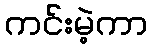
ကင်းမဲ့ကာ